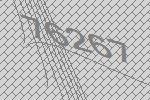
76267